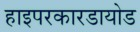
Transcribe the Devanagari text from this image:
हाइपरकारडायोड